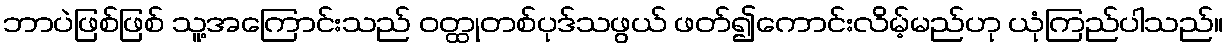
ဘာပဲဖြစ်ဖြစ် သူ့အကြောင်းသည် ဝတ္ထုတစ်ပုဒ်သဖွယ် ဖတ်၍ကောင်းလိမ့်မည်ဟု ယုံကြည်ပါသည်။